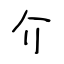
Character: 介